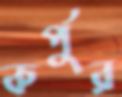
কর্পুর